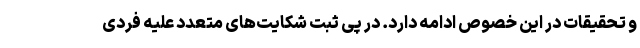
و تحقیقات در این خصوص ادامه دارد. در پی ثبت شکایت‌های متعدد علیه فردی